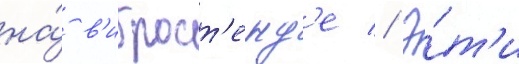
на́ в'иброст'енд'е // Э́т'и